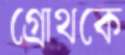
গ্রোথকে